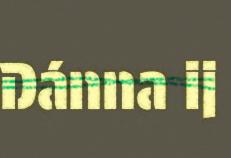
Dánna ij